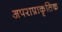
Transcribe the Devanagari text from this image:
अपराप्राकृतिक